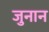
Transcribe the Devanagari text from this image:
जुनान